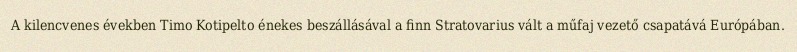
A kilencvenes években Timo Kotipelto énekes beszállásával a finn Stratovarius vált a műfaj vezető csapatává Európában.